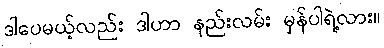
ဒါပေမယ့်လည်း ဒါဟာ နည်းလမ်း မှန်ပါရဲ့လား။